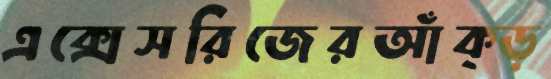
এক্সেসরিজেরআঁক্‌ড়